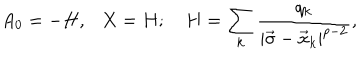
A _ { 0 } = - H , \ \ \ X = H ; H = \sum _ { k } { \frac { q _ { k } } { | \vec { \sigma } - \vec { x } _ { k } | ^ { p - 2 } } } ,